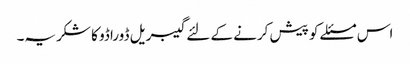
اس مسئلے کو پیش کرنے کے لئے گیبریل ڈوراڈو کا شکریہ۔